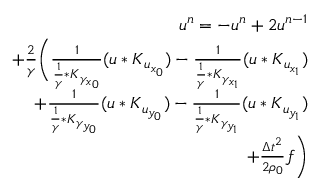
\begin{array} { r } { \boldsymbol { u } ^ { n } = - \boldsymbol { u } ^ { n } + 2 \boldsymbol { u } ^ { n - 1 } } \\ { + \frac { 2 } { \boldsymbol { \gamma } } \Bigg ( \frac { 1 } { \frac { 1 } { \boldsymbol { \gamma } } * \boldsymbol { K } _ { \gamma _ { x _ { 0 } } } } ( \boldsymbol { u } * \boldsymbol { K } _ { u _ { x _ { 0 } } } ) - \frac { 1 } { \frac { 1 } { \boldsymbol { \gamma } } * \boldsymbol { K } _ { \gamma _ { x _ { 1 } } } } ( \boldsymbol { u } * \boldsymbol { K } _ { u _ { x _ { 1 } } } ) } \\ { + \frac { 1 } { \frac { 1 } { \boldsymbol { \gamma } } * \boldsymbol { K } _ { \gamma _ { y _ { 0 } } } } ( \boldsymbol { u } * \boldsymbol { K } _ { u _ { y _ { 0 } } } ) - \frac { 1 } { \frac { 1 } { \boldsymbol { \gamma } } * \boldsymbol { K } _ { \gamma _ { y _ { 1 } } } } ( \boldsymbol { u } * \boldsymbol { K } _ { u _ { y _ { 1 } } } ) } \\ { + \frac { \Delta t ^ { 2 } } { 2 \rho _ { 0 } } \boldsymbol { f } \Bigg ) } \end{array}